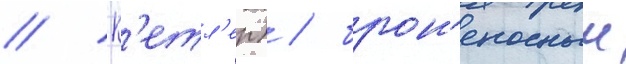
// К'етл'ер) / брон'еносныи